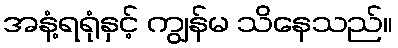
အနံ့ရရုံနှင့် ကျွန်မ သိနေသည်။